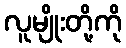
လူမျိုးတို့ကို